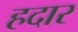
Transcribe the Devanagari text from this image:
हदार